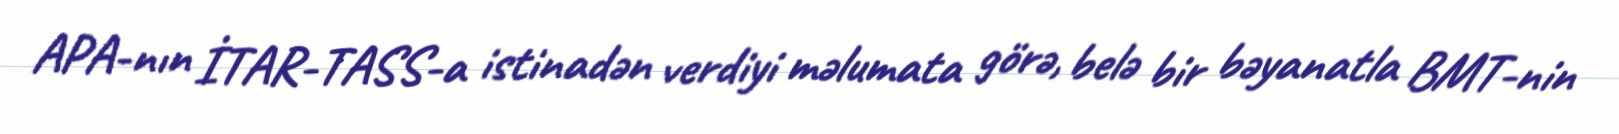
APA-nın İTAR-TASS-a istinadən verdiyi məlumata görə, belə bir bəyanatla BMT-nin